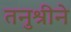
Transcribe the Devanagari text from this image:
तनुश्रीने